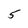
Character: 5